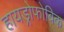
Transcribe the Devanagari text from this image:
हायड्रोफोबिक